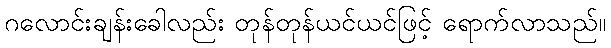
ဂလောင်းချန်းခေါလည်း တုန်တုန်ယင်ယင်ဖြင့် ရောက်လာသည်။